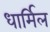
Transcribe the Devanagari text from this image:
धार्मिल